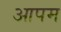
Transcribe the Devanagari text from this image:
आपम